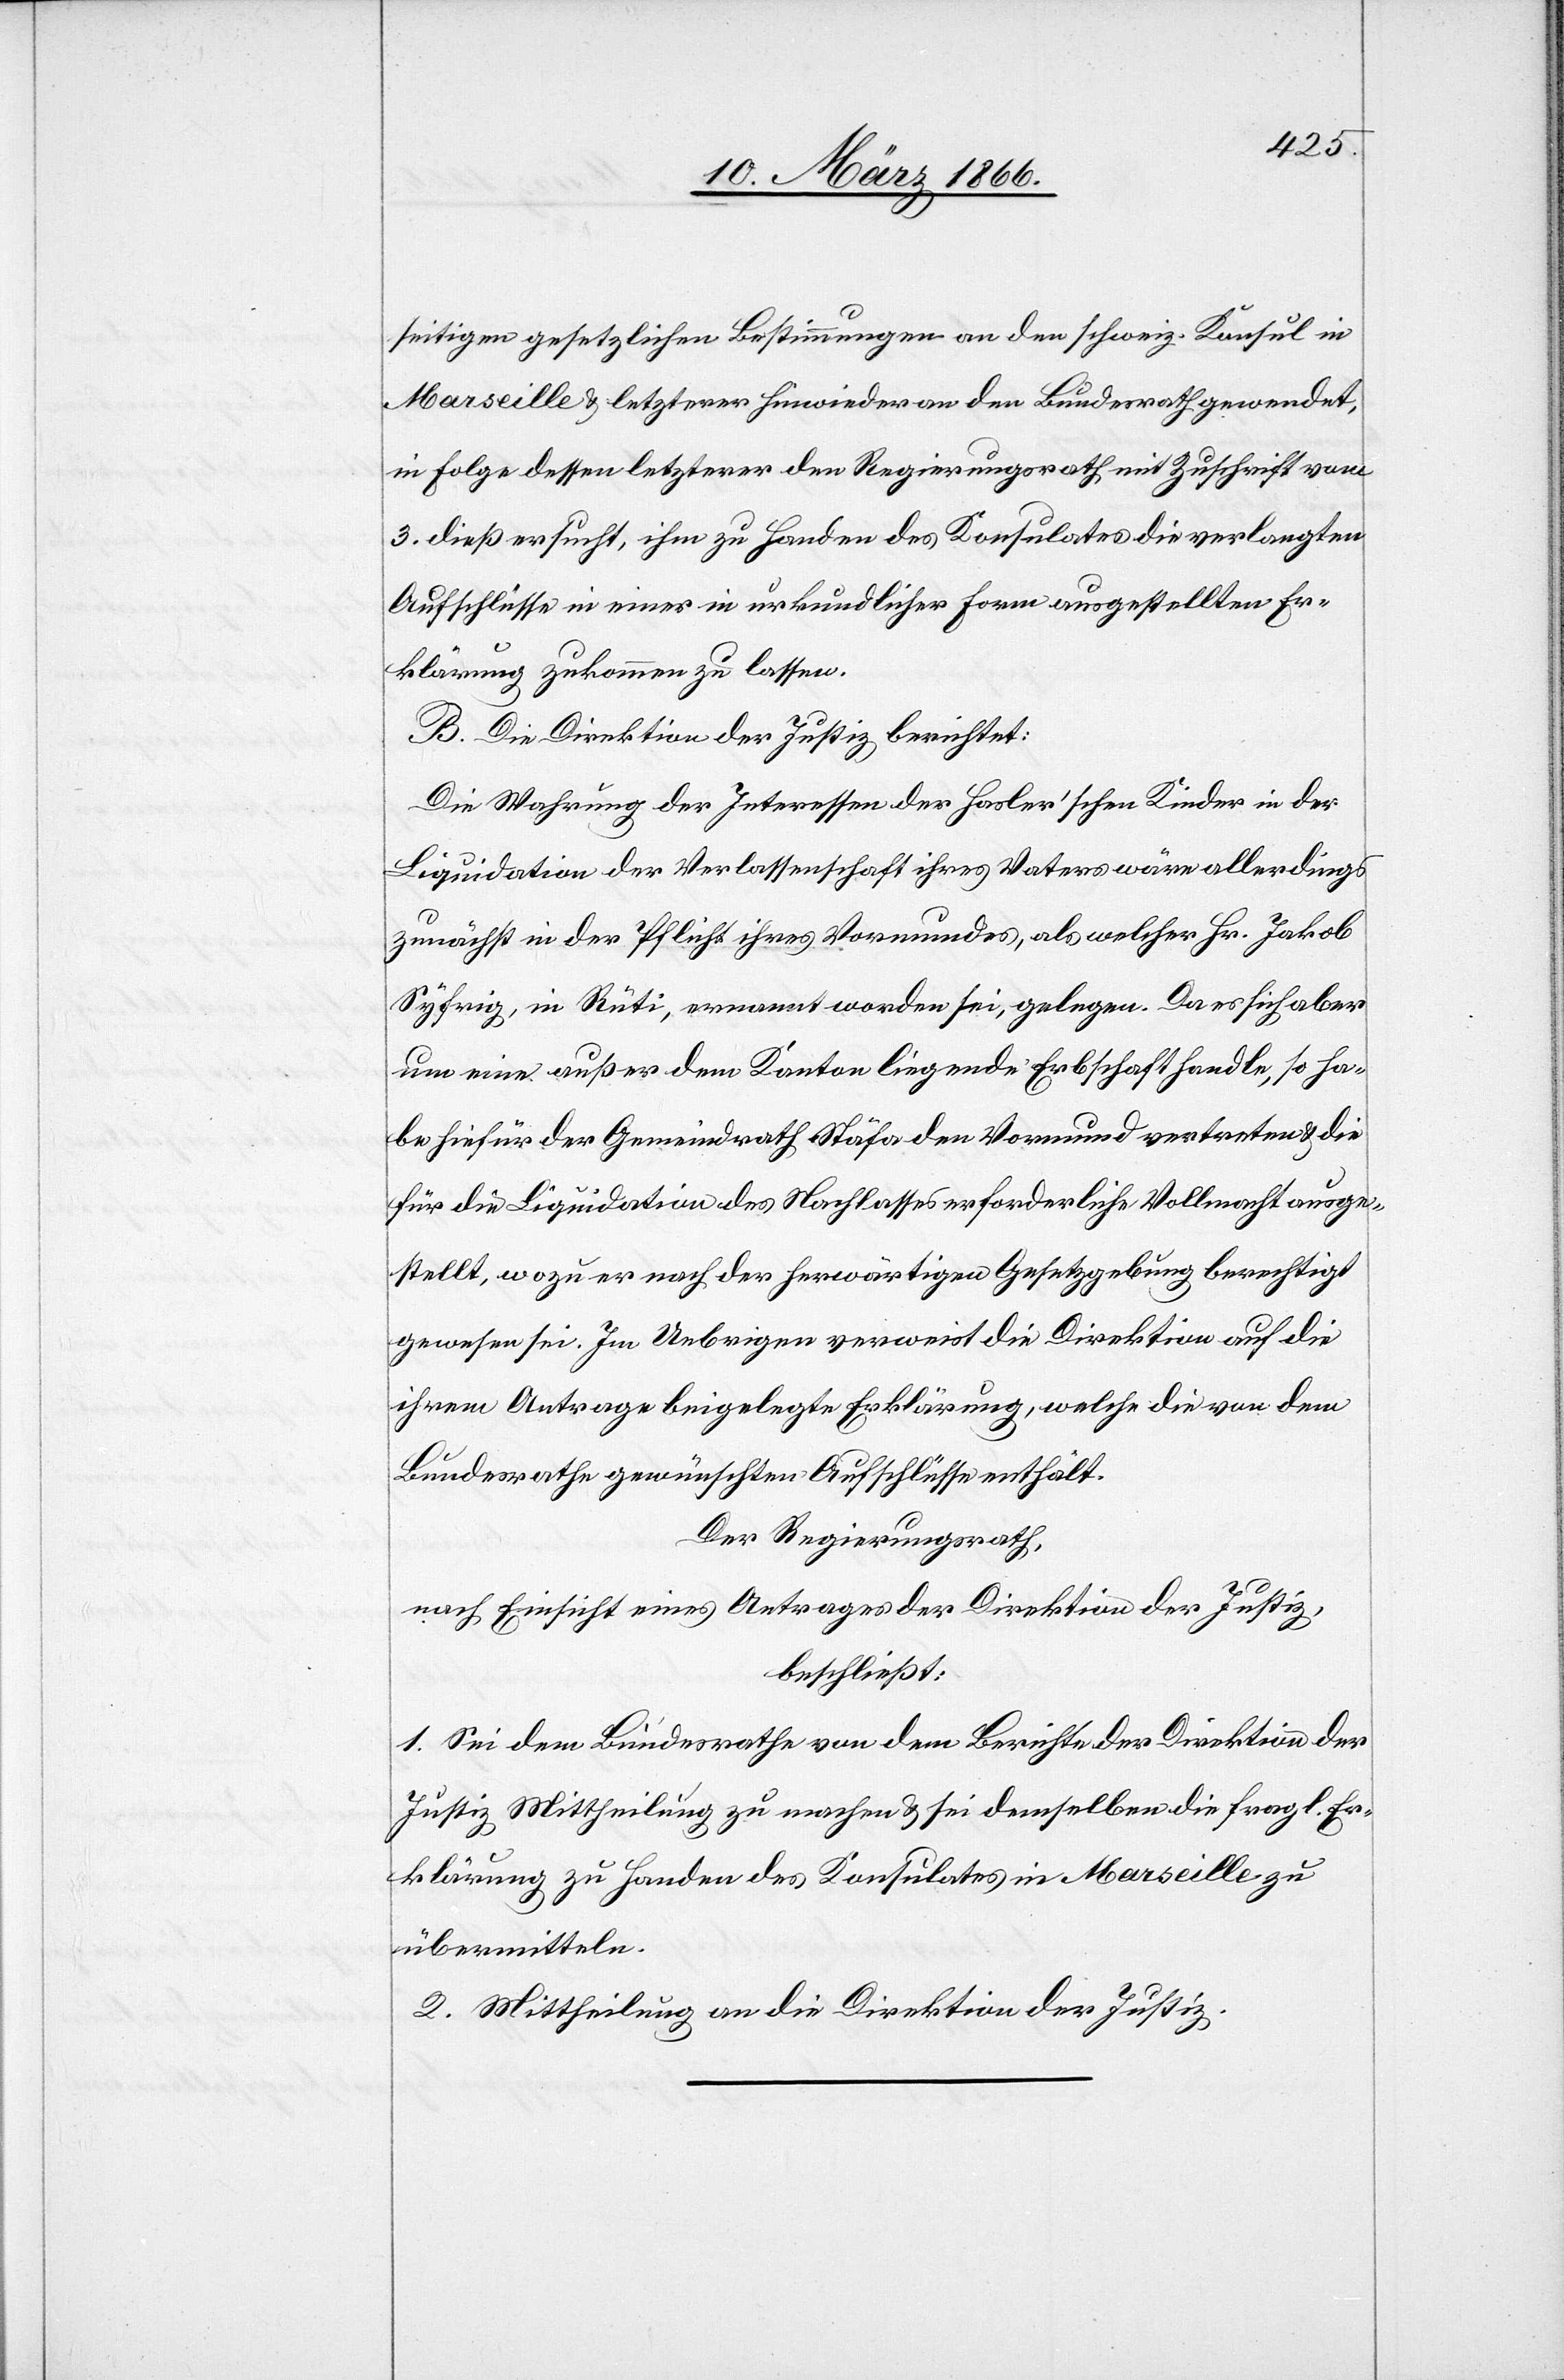
seitigen gesetzlichen Bestimmungen an den schweiz. Konsul in
Marseille u. letzterer hinwieder an den Bundesrath gewendet,
in Folge dessen letzterer den Regierungsrath mit Zuschrift vom
3. dieß ersucht, ihm zu Handen des Konsulates die verlangten
Aufschlüsse in einer in urkundlicher Form ausgestellten Er¬
klärung zukommen zu lassen.
B. Die Direktion der Justiz berichtet:
Die Wahrung der Interessen der Hasler’schen Kinder in der
Liquidation der Verlassenschaft ihres Vaters wäre allerdings
zunächst in der Pflicht ihres Vormundes, als welcher Hr. Jakob
Syfrig, in Rüti, ernannt worden sei, gelegen, Da es sich aber
um eine außer dem Kanton liegende Erbschaft handle, so ha¬
be hiefür der Gemeindrath Stäfa den Vormund vertreten u. die
für die Liquidation des Nachlasses erforderliche Vollmacht ausge¬
stellt, wozu er nach der herwärtigen Gesetzgebung berechtigt
gewesen sei. Im Uebrigen verweist die Direktion auf die
ihrem Antrage beigelegte Erklärung, welche die von dem
Bundesrathe gewünschten Aufschlüsse enthält.
Der Regierungsrath,
nach Einsicht eines Antrages der Direktion der Justiz,
beschließt:
1. Sei dem Bundesrathe von dem Berichte der Direktion der
Justiz Mittheilung zu machen u. sei demselben die fragl. Er¬
klärung zu Handen des Konsulates in Marseille zu
übermitteln.
2. Mittheilung an die Direktion der Justiz.